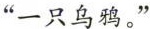
”一只乌鸦。”